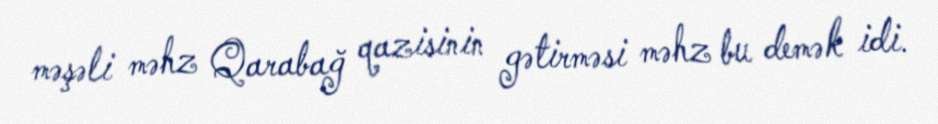
məşəli məhz Qarabağ qazisinin gətirməsi məhz bu demək idi.